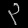
Digit: ၃